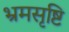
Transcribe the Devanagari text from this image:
भ्रमसृष्टि